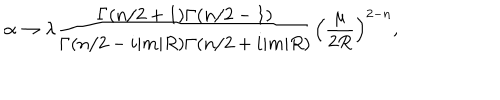
\alpha \to \lambda \frac { \Gamma ( n / 2 + 1 ) \Gamma ( n / 2 - 1 ) } { \Gamma ( n / 2 - i | m | R ) \Gamma ( n / 2 + i | m | R ) } \left( \frac { \mu } { 2 R } \right) ^ { 2 - n } ,